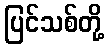
ပြင်သစ်တို့